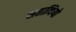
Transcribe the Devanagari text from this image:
सताब्दियो